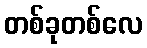
တစ်ခုတစ်လေ